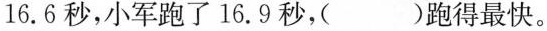
16.6秒，小军跑了16.9秒，（） 跑得最快。